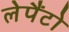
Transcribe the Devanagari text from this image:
लेपैंटो